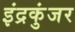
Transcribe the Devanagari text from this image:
इंद्रकुंजर